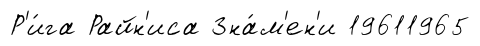
Р'и́га Райн'иса Зна́м'ен'и 19611965